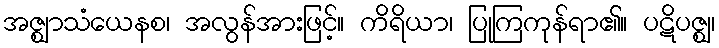
အဇ္ဈာသံယေနစ၊ အလွန်အားဖြင့်။ ကိရိယာ၊ ပြုကြကုန်ရာ၏။ ပဋိပဇ္ဈ၊